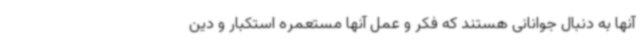
آنها به دنبال جوانانی هستند که فکر و عمل آنها مستعمره استکبار و دین